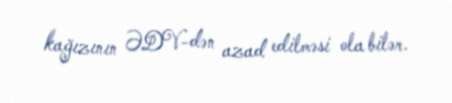
kağızının ƏDV-dən azad edilməsi ola bilər.